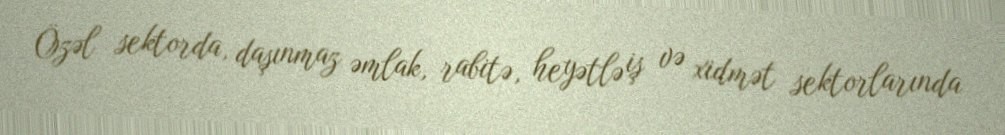
Özəl sektorda, daşınmaz əmlak, rabitə, heyətlə iş və xidmət sektorlarında